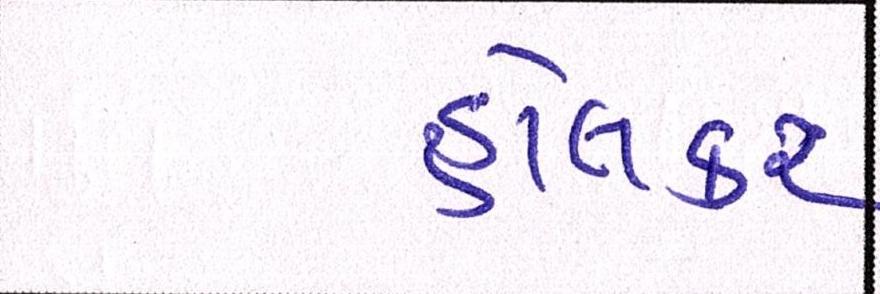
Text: હોલકર